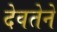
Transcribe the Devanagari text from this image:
देवतेने